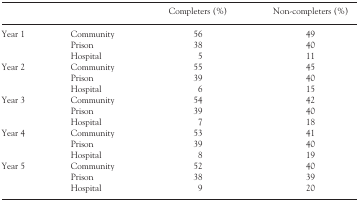
|  |  | Completers (%) | Non-completers (%) |
 | --- | --- | --- | --- |
 | <ROWSPAN=3> Year 1 | Community | 56 | 49 |
 | Prison | 38 | 40 |
 | Hospital | 5 | 11 |
 | <ROWSPAN=3> Year 2 | Community | 55 | 45 |
 | Prison | 39 | 40 |
 | Hospital | 6 | 15 |
 | <ROWSPAN=3> Year 3 | Community | 54 | 42 |
 | Prison | 39 | 40 |
 | Hospital | 7 | 18 |
 | <ROWSPAN=3> Year 4 | Community | 53 | 41 |
 | Prison | 39 | 40 |
 | Hospital | 8 | 19 |
 | <ROWSPAN=3> Year 5 | Community | 52 | 40 |
 | Prison | 38 | 39 |
 | Hospital | 9 | 20 |